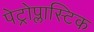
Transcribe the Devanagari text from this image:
पेट्रोप्लास्टिक